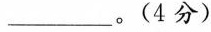
___。(4分)